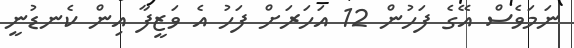
ނަމަވެސް އޭގެ ފަހުން 12 އަހަރަށް ފަހު އެ ވަޒީފާ އިން ކެނޑުނީ